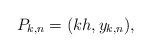
LaTeX: \begin{align*}P_{k,n}=(kh,y_{k,n}),\end{align*}